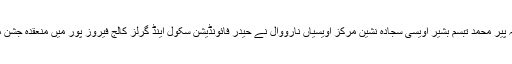
ان خیالات کا اظہار سربراہ اتحاد تنظیمات اہلسنت علامہ پیر محمد تبسم بشیر اویسی سجادہ نشین مرکز اویسیاں نارووال نے حیدر فائونڈیشن سکول اینڈ گرلز کالج فیروز پور میں منعقدہ جشن میلاد مصطفےٰ ۖ کانفرنس سے خطاب کرتے ہوئے کیا ۔